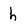
Character: h